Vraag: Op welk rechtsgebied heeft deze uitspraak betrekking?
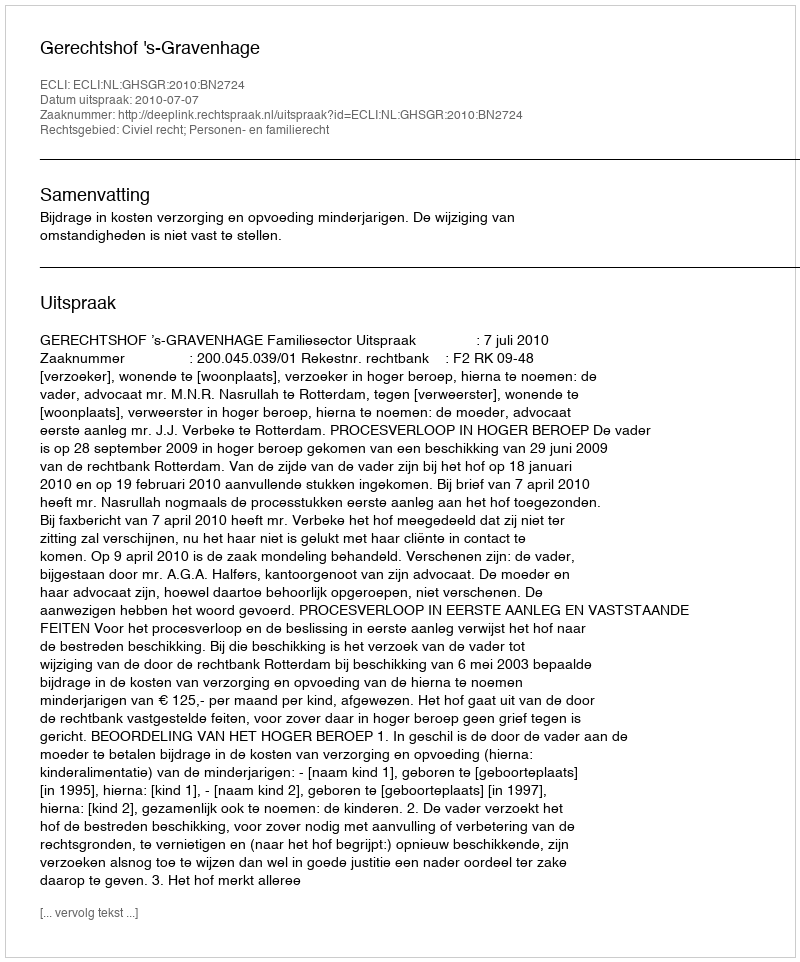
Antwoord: Civiel recht; Personen- en familierecht